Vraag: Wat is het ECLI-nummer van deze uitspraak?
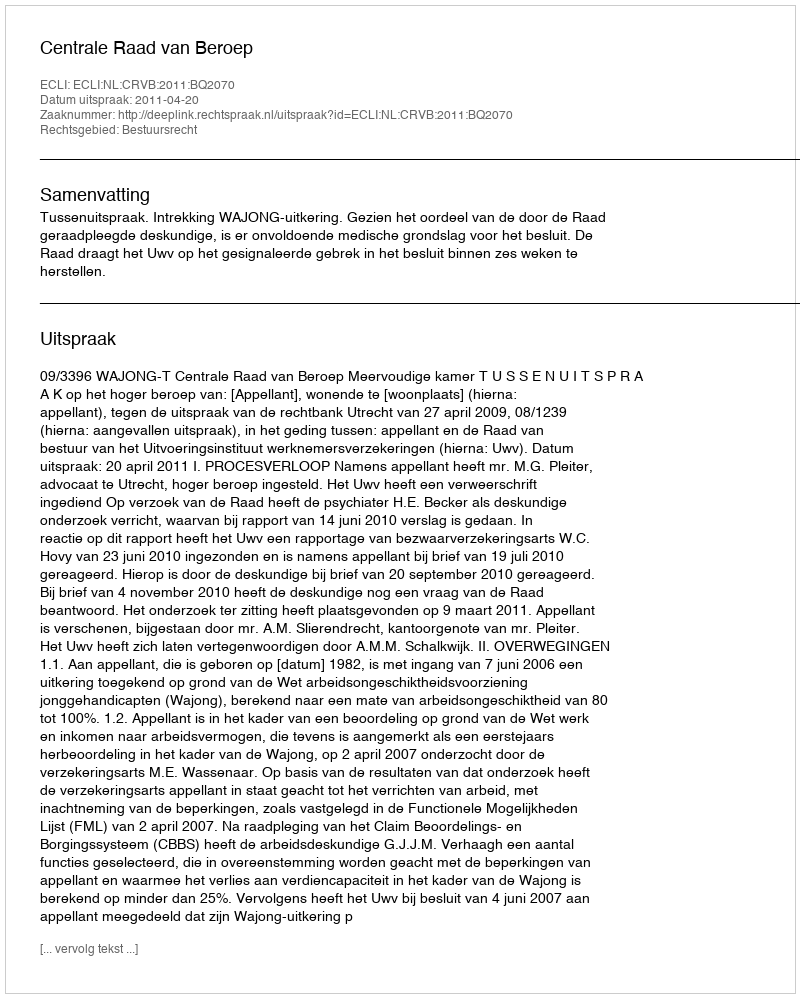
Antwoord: ECLI:NL:CRVB:2011:BQ2070